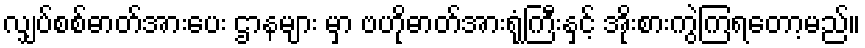
လျှပ်စစ်ဓာတ်အားပေး ဌာနများ မှာ ဗဟိုဓာတ်အားရုံကြီးနှင့် အိုးစားကွဲကြရတော့မည်။